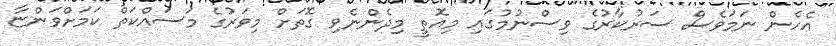
އެހެން ނަމަވެސް ސަރުކާރުގެ ވިސްނުމުގައި މިއޮތީ މިދެންނެވި ގޮތަށް މިވަރުގެ މަސައްކަތް ކަމަށްވަންޏާ